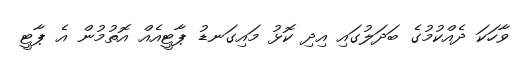
ވާހަކަ ދެއްކުމުގެ ބަދަލުގައި އިދި ކޮޅު މައިގަނޑު ޕާޓީއެއް އޮތުމުން އެ ޕާޓީ